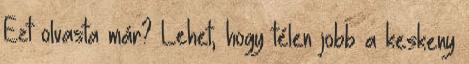
Ezt olvasta már? Lehet, hogy télen jobb a keskeny